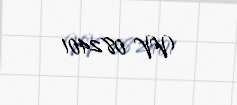
VV 082401